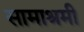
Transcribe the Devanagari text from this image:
सामाश्रमी